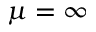
\mu = \infty